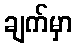
ချက်မှာ